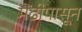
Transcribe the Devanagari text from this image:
मेंढीपासून